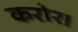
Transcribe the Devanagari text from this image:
करोर।